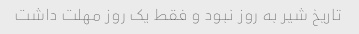
تاریخ شیر به روز نبود و فقط یک روز مهلت داشت